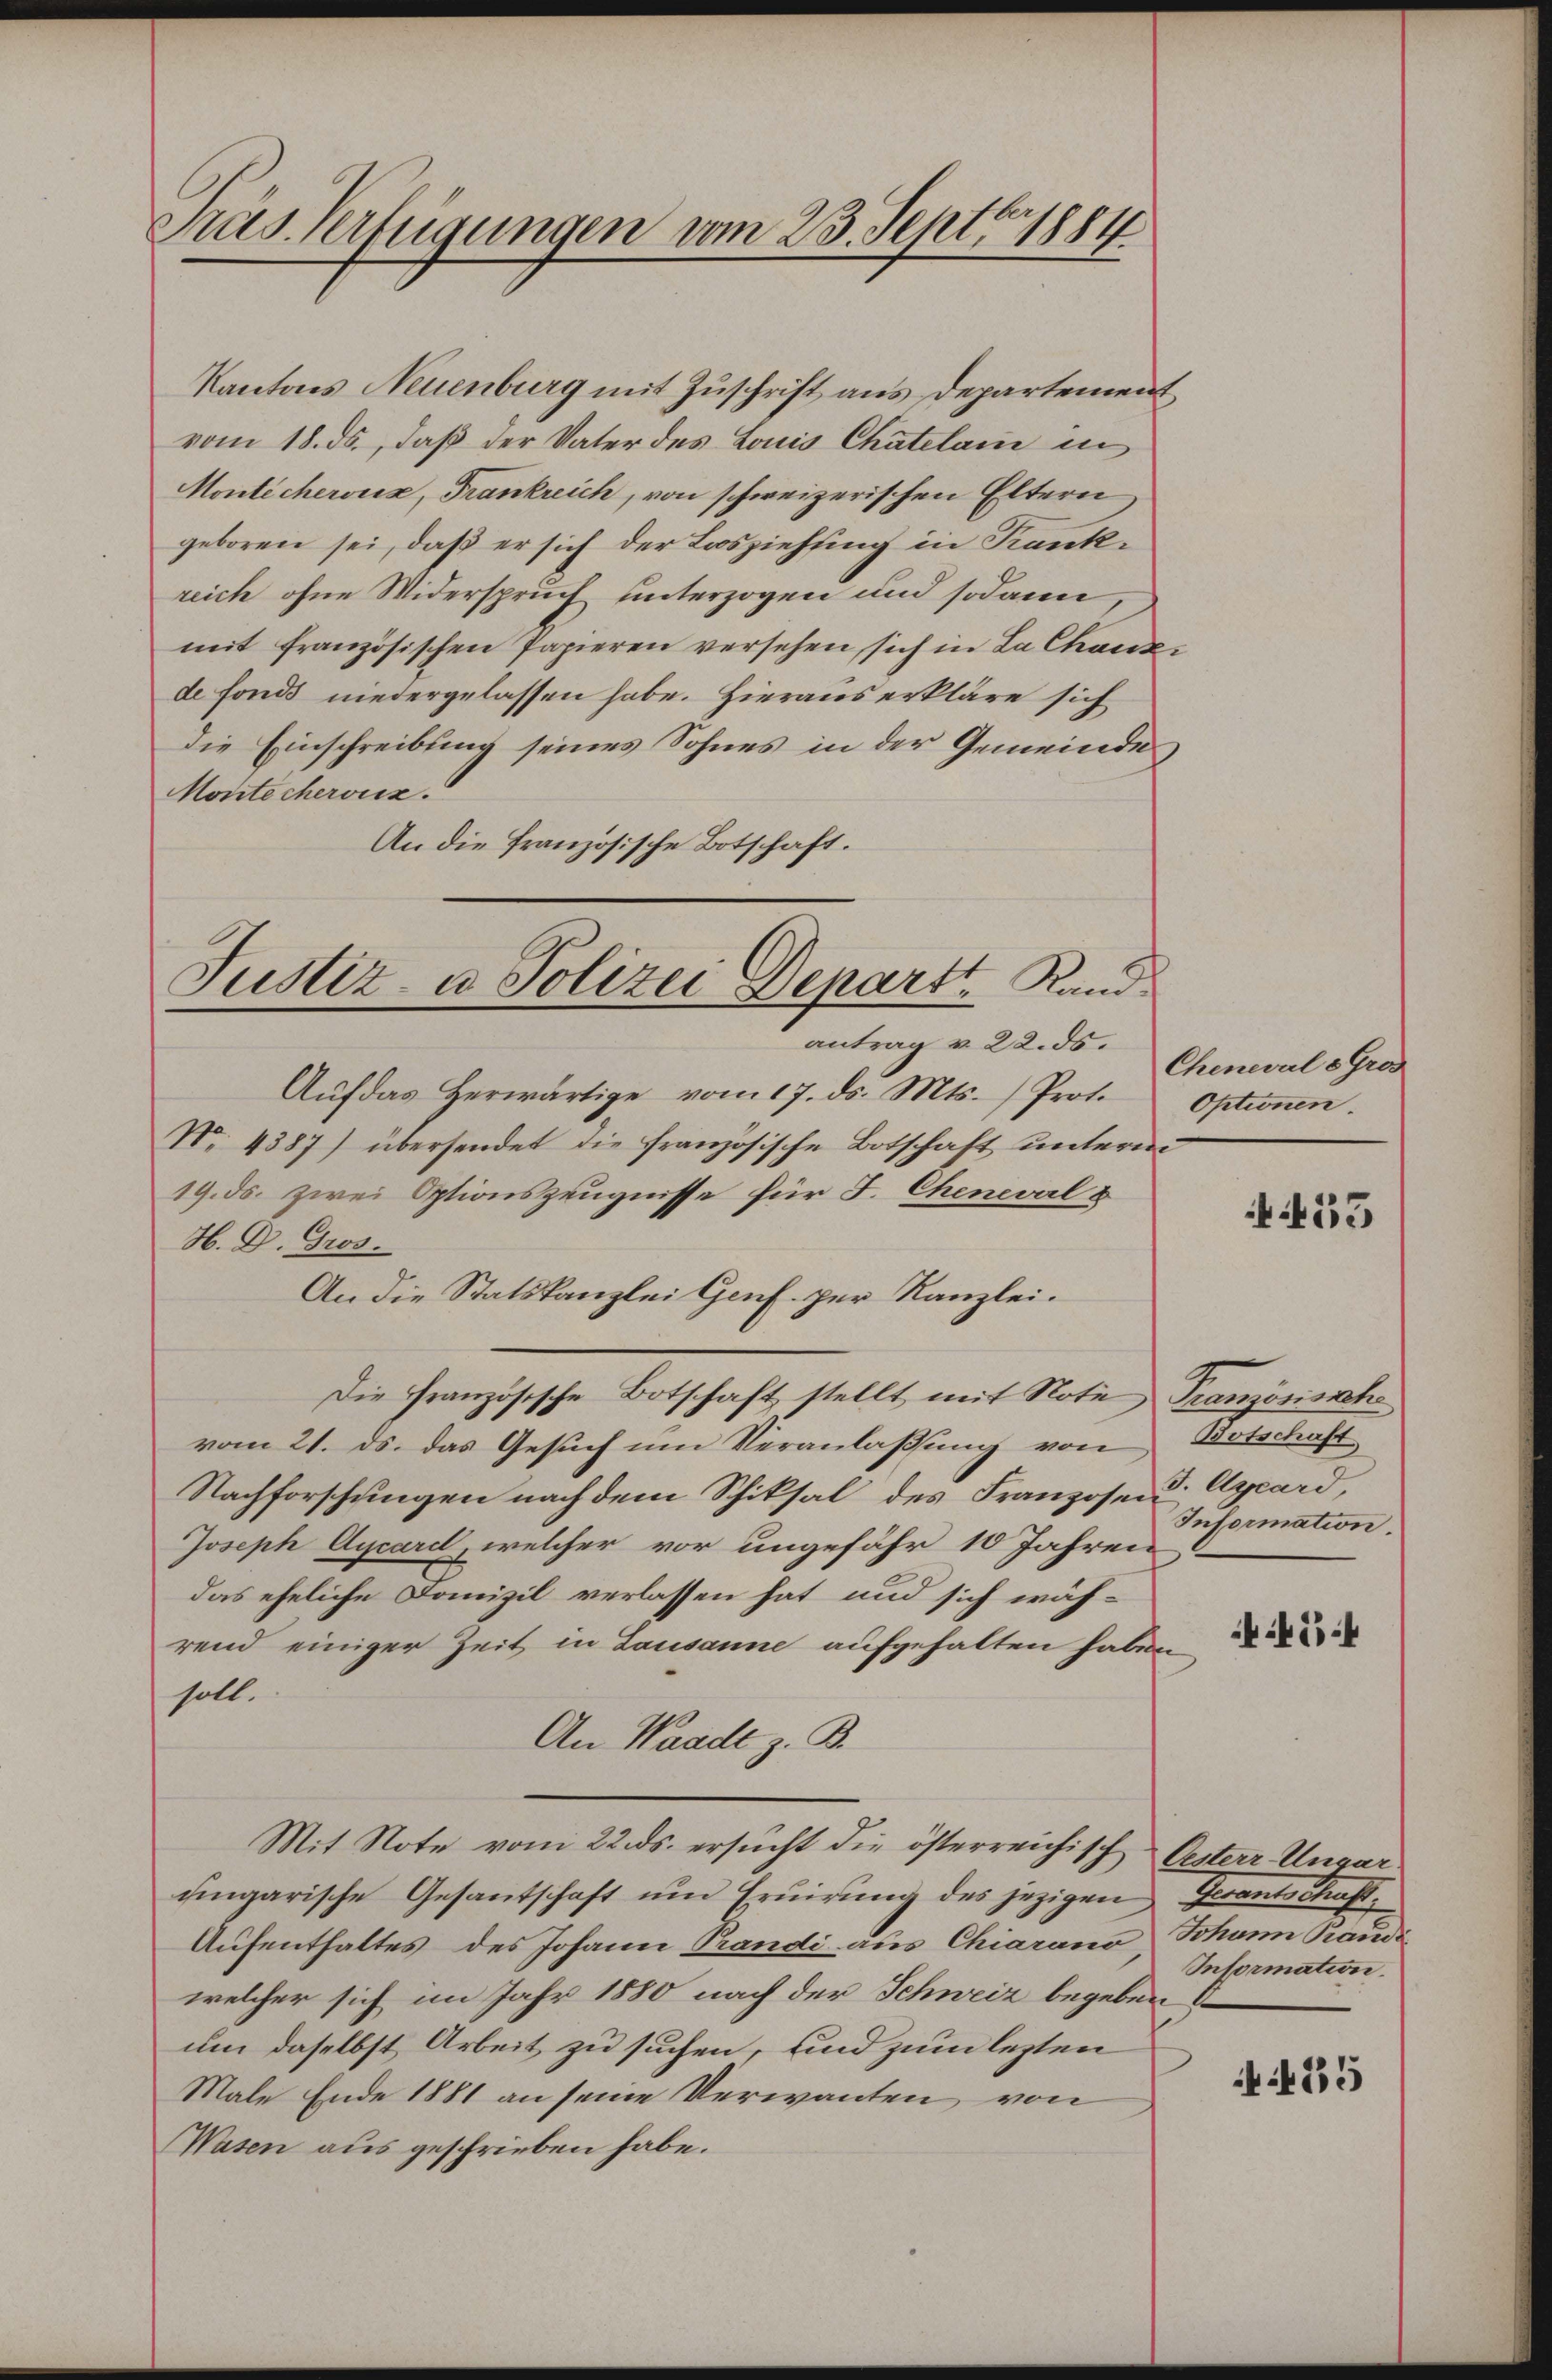
Präs. Verfügungen vom 23. Sept. 1884

Justiz- u Polizei Departt Rand
antrag v. 22. ds.

Kantons Neuenburg mit Zuschrift aus Departement
vom 18. ds., daß der Vater des Louis Chatelam in
Monlicheroix, Frankreich, von schweizerischen Eltern
geboren sei, daß er sich der Loosziehung in Krankreich ohne Widerspruch unterzogen und sodann
mit französischen Papieren versehen sich in La Chaux-
de fonds niedergelassen habe. Hieraus erkläre sich
die Einschreibung seines Sohnes in der Gemeinde
Montecherviz.
An die französische Botschaft.
Aŭf das herwärtige vom 17. ds. Mts. /Prot. Optionen.
No. 4387) übersendet die französische Botschaft unterm
19. ds. zwei Optionszeugnisse für F. Cheneval 8
H. D. Gros.
An die Statskanzlei Genf. per Kanzlei.
Die Französische Botschaft stellt mit Note Französische
vom 21. ds. das Gesuch um Veranlaßung von Botschaft
Nachforschungen nach dem Schiksal des Franzosent Agcard
Joseph Aycard, welcher vor ungefähr 10 Jahren
das eheliche Domizil verlassen hat, und sich wäh-
rend einiger Zeit in Lausanne aufgehalten haben
soll.
An Waadt z. B.
Mit Note vom 22. ds. ersucht die österreichisch Oesterr. Ungar
ungarische Gesantschaft um Eruirung des jezigen
Aufenthaltes des Johann Prandi aus Chiarano Johann Randi
welcher sich im Jahr 1880 nach der Schweiz begeben
um daselbst Arbeit zu suchen, und zum lezten
Male Ende 1881 an seine Verwanten von
Wasen aus geschrieben habe.

Cheneval 3 Gros

435

Information.

45

Garante Straft.
Information.

455